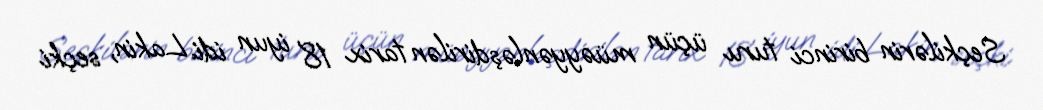
Seçkilərin birinci turu üçün müəyyənləşdirilən tarix 18 iyun idi. Lakin, seçki